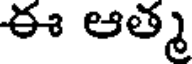
ఈ ఆత్మ